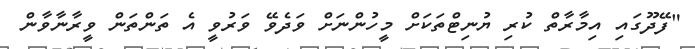
"ފޭދޫގައި އިމާރާތް ކުރި ޔުނިޓްތަކަށް މީހުންނަށް ވަދެވޭ ވަރުވީ އެ ތަންތަން ވީރާނާވާން